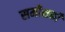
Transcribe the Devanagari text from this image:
समीक्षकोँ